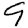
Digit: 9